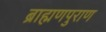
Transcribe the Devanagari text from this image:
ब्राह्मणपुराण